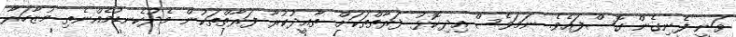
ވަނީ ފެނިގެން ގޮސްފައެވެ. ނަމަވެސް އިދިކޮޅު ފަރާތްތަކަށް ތާއީދުކުރާ ފަރާތްތަކުން މެދުކެނޑުމެއްނެތި މުޒާހަރާ